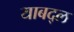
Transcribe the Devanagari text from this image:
याबद्ल